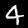
Digit: 4